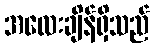
အလေးချိန်ရှိသည်